Leaving Certificate Examination, 1922
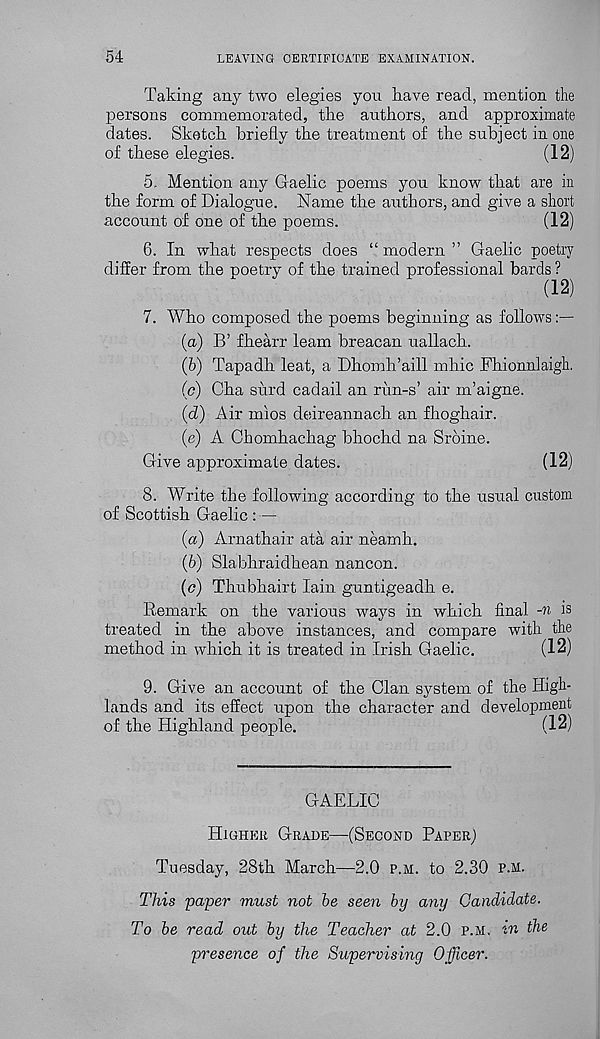
54
LEAVING CERTIFICATE EXAMINATION.
Taking any two elegies you have read, mention the
persons commemorated, the authors, and approximate
dates. Sketch briefly the treatment of the subject in one
of these elegies.
(12)
5. Mention any Gaelic poems you know that are in
the form of Dialogue. Name the authors, and give a short
account of one of the poems.
(12)
6. In what respects does “ modern ” Gaelic poetry
differ from the poetry of the trained professional bards ?
(12)
7. Who composed the poems beginning as follows
(а) B’ fhearr learn breacan uallach.
(б) Tapadh leat, a Dhomh’aill mhic Fhionniaigh.
(c) Cha surd cadail an run-s’ air m’aigne.
(d) Air mios deireannach an fhoghair.
(e) A Chomhachag bhochd na Sroine.
Give approximate dates.
(12)
8. Write the following according to the usual custom
of Scottish Gaelic : —
(а) Arnathair ata air neamh.
(б) Slabhraidhean nancon.
(c) Thubhairt Iain guntigeadh e.
Remark on the various ways in which final -n is
treated in the above instances, and compare with the
method in which it is treated in Irish Gaelic.
(12)
9. Give an account of the Clan system of the High-
lands and its effect upon the character and development
of the Highland people.
(12)
GAELIC
Higher Grade—(Second Paper;
Tuesday, 28th March—2.0 p.h. to 2.30 p.m.
This paper must not be seen by any Candidate.
To be read out by the Teacher at 2.0 p.m. in the
presence of the Supervising Officer.